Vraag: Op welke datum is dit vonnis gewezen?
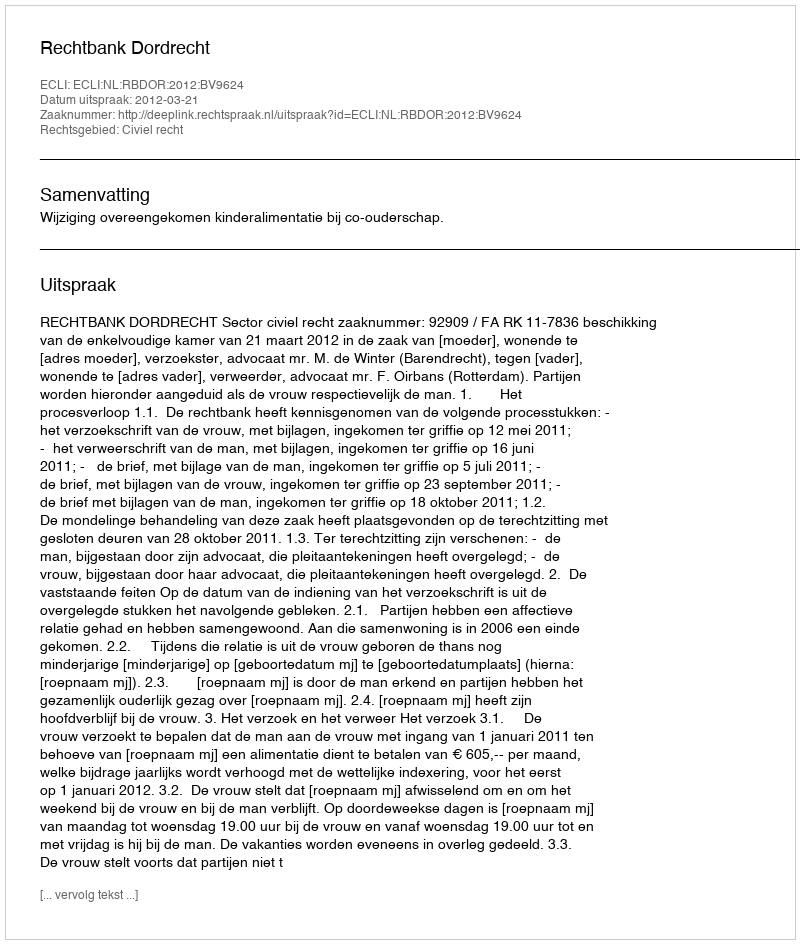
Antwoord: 2012-03-21